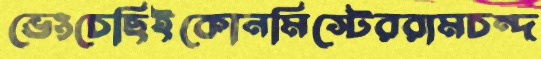
ভেংচেছিইকোনমিস্টেররামচন্দ